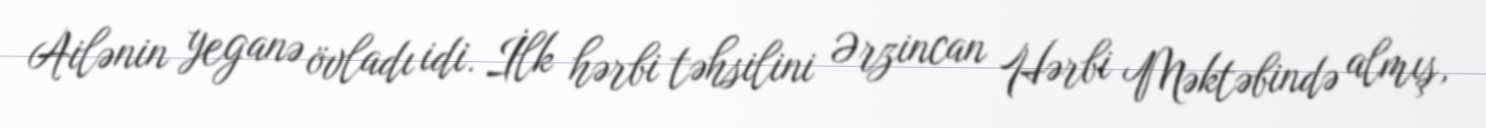
Ailənin yeganə övladı idi. İlk hərbi təhsilini Ərzincan Hərbi Məktəbində almış,